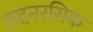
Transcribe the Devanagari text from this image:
रुदनरसिक